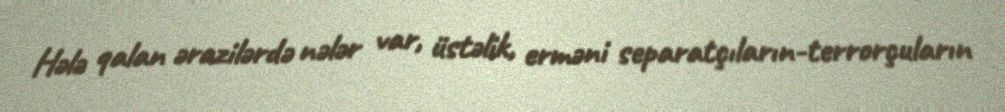
Hələ qalan ərazilərdə nələr var, üstəlik, erməni separatçıların-terrorçuların